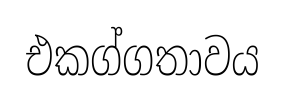
එකග්ගතාවය